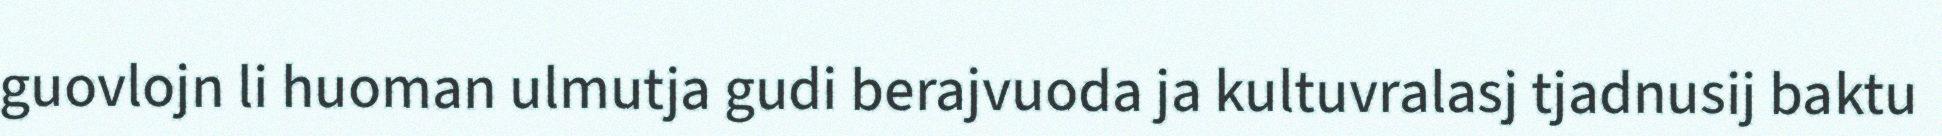
guovlojn li huoman ulmutja gudi berajvuoda ja kultuvralasj tjadnusij baktu